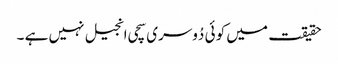
حقیقت میں کو ئی دُوسری سچی انجیل نہیں ہے ۔